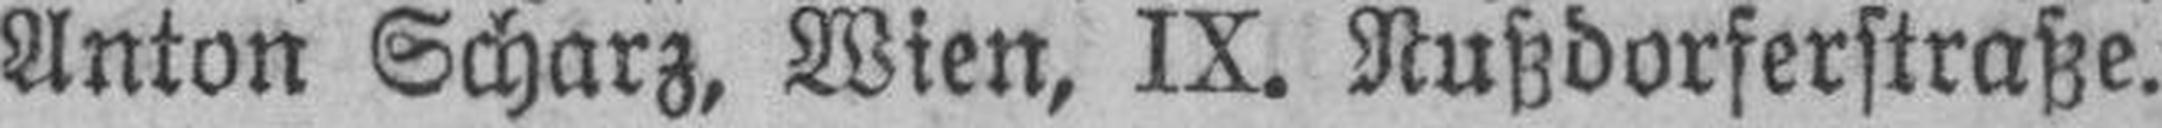
Anton Scharz, Wien, IX. Nußdorferstraße.